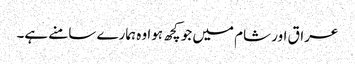
عراق اور شام میں جو کچھ ہوا وہ ہمارے سامنے ہے۔